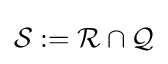
{\mathcal {S}}:={\mathcal {R}}\cap {\mathcal {Q}}